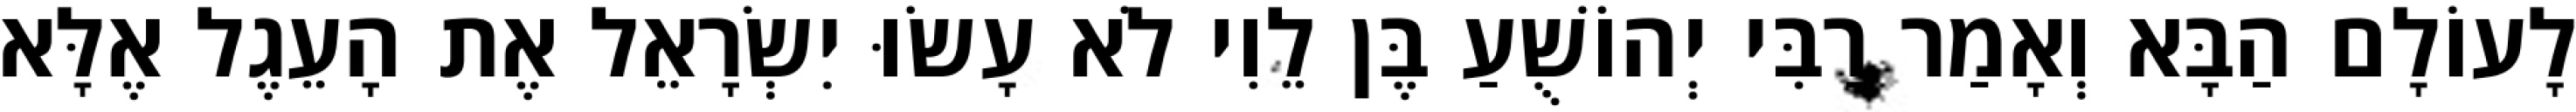
לָעוֹלָם הַבָּא וְאָמַר רַבִּי יְהוֹשֻׁעַ בֶּן לֵוִי לֹא עָשׂוּ יִשְׂרָאֵל אֶת הָעֵגֶל אֶלָּא